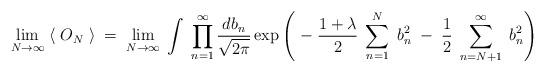
LaTeX: \begin{align*}\lim_{N\rightarrow \infty} \; \langle \; O_N \; \rangle \; = \;\lim_{N\rightarrow \infty} \;\int \; \prod_{n=1}^\infty \frac{db_n}{\sqrt{2\pi}}\exp \left( \; - \; \frac{1+ \lambda}{2} \;\sum_{n=1}^N \; b_n^2 \; - \;\frac{1}{2} \;\sum_{n=N+1}^\infty \; b_n^2 \right)\end{align*}